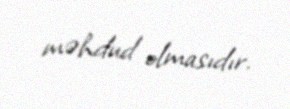
məhdud olmasıdır.